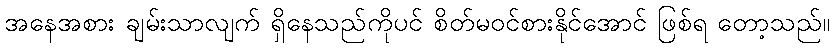
အနေအစား ချမ်းသာလျက် ရှိနေသည်ကိုပင် စိတ်မဝင်စားနိုင်အောင် ဖြစ်ရ တော့သည်။